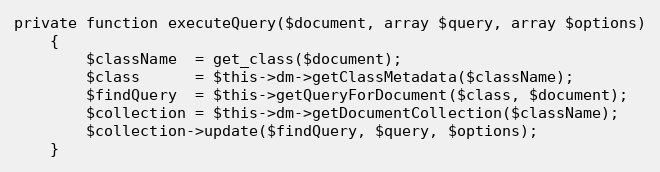
Language: PHP
private function executeQuery($document, array $query, array $options)
    {
        $className  = get_class($document);
        $class      = $this->dm->getClassMetadata($className);
        $findQuery  = $this->getQueryForDocument($class, $document);
        $collection = $this->dm->getDocumentCollection($className);
        $collection->update($findQuery, $query, $options);
    }